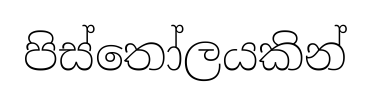
පිස්තෝලයකින්